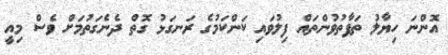
އޮންނަ ހިޔާލު ތަފާތުވުންތައް ފިލުވައި ކަންކަމުގެ ރަނގަޅު ގޮތް ދެނެގަތުމަށް ވެސް މިއީ